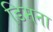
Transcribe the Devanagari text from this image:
डिमना